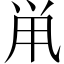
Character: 鼡